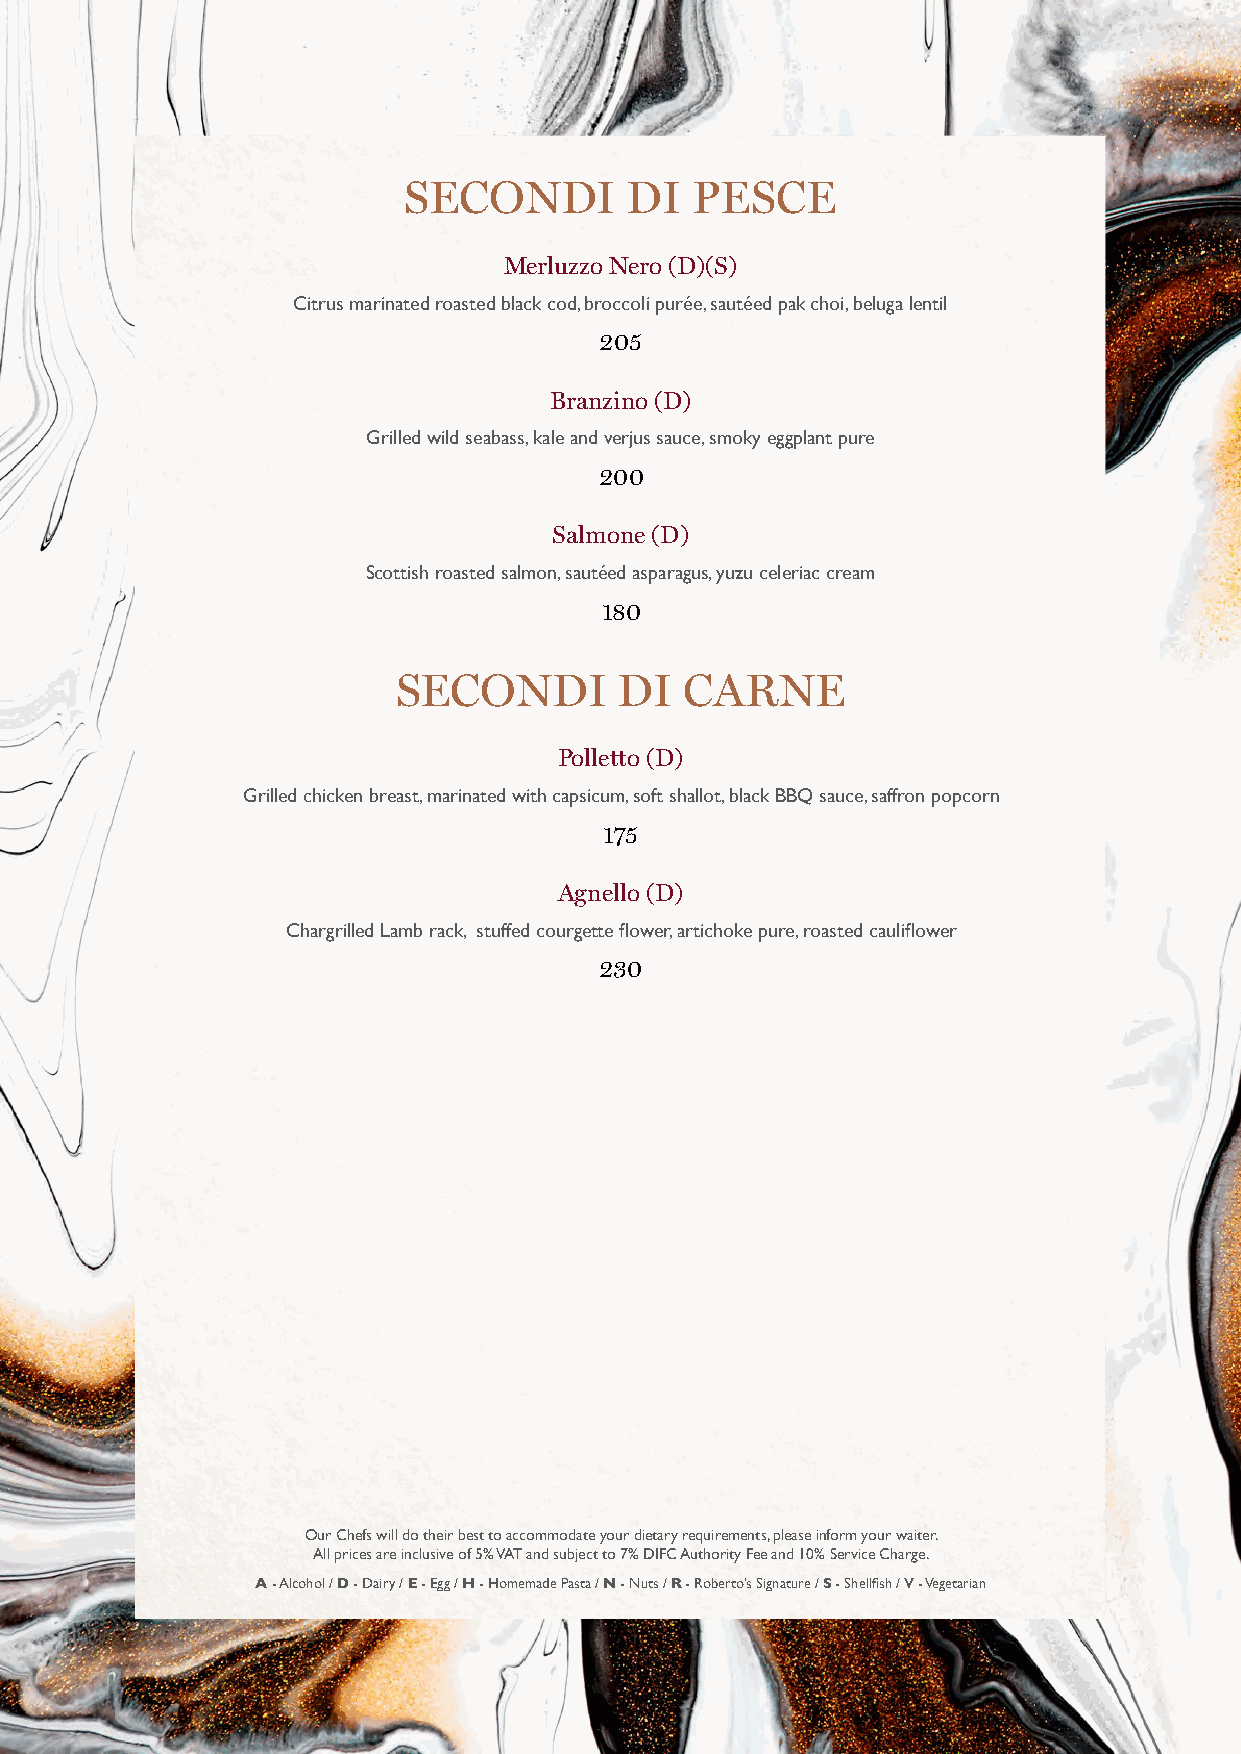
SECONDI       DI   PESCE
 Merluzzo Nero (D)(S)
 Citrus marinated roasted black cod, broccoli purée, sautéed pak choi, beluga lentil
 205
 Branzino (D)
 Grilled wild seabass, kale and verjus sauce, smoky eggplant pure
 200
 Salmone (D)
 Scottish roasted salmon, sautéed asparagus, yuzu celeriac cream
 180
 SECONDI        DI  CARNE
 Polletto (D)
 Grilled chicken breast, marinated with capsicum, soft shallot, black BBQ sauce, saffron popcorn
 175
 Agnello (D)
 Chargrilled Lamb rack, stuffed courgette flower, artichoke pure, roasted cauliflower
 230
 Our Chefs will do their best to accommodate your dietary requirements, please inform your waiter.
 All prices are inclusive of 5% VAT and subject to 7% DIFC Authority Fee and 10% Service Charge.
 A - Alcohol / D - Dairy / E - Egg / H - Homemade Pasta / N - Nuts / R - Roberto’s Signature / S - Shellfish / V - Vegetarian